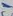
Text: C1